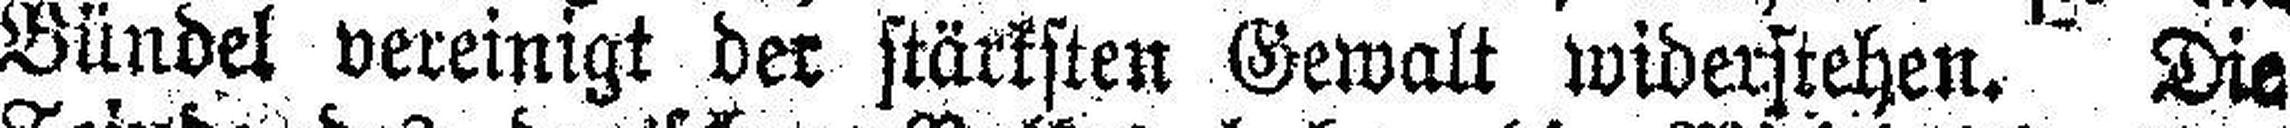
Bündel vereinigt der stärksten Gewalt widerstehen. Die